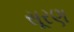
સૂરણ